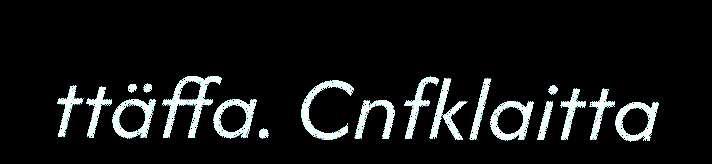
ttäffa. Cnfklaitta